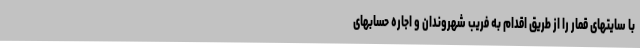
با سایتهای قمار را از طریق اقدام به فریب شهروندان و اجاره حسابهای